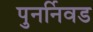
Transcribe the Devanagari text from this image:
पुनर्निवड